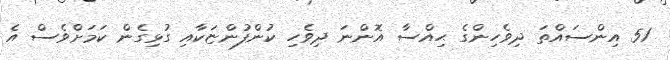
51 އިންސައްތަ ދިވެހިންގެ ޙިއްސާ އޮންނަ ދިވެހި ކުންފުންޏަކާއި ގުޅިގެން ކަމަށްވެސް އެ